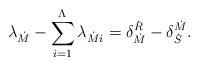
LaTeX: \begin{align*}\lambda_{\dot{M}} - \sum_{i=1}^{\Lambda} \lambda_{\dot{M}i} = \delta^{\dot{R}}_{\dot{M}} - \delta^{\dot{M}}_{\dot{S}}.\end{align*}